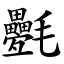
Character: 氎